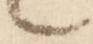
々